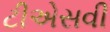
ટીએસવી